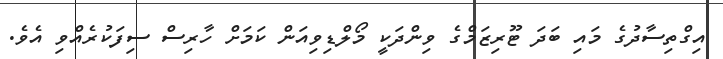
އިގްތިސާދުގެ މައި ބަދަ ޓޫރިޒަމްގެ ވިންދަކީ މޯލްޑިވިއަން ކަމަށް ހާރިސް ސިފަކުރެއްވި އެވެ.